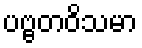
ပဗ္ဗတဝိသမာ